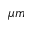
\mu m